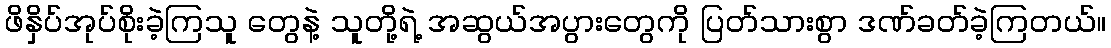
ဖိနှိပ်အုပ်စိုးခဲ့ကြသူ တွေနဲ့ သူတို့ရဲ့ အဆွယ်အပွားတွေကို ပြတ်သားစွာ ဒဏ်ခတ်ခဲ့ကြတယ်။